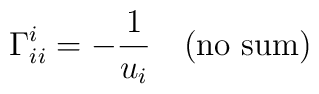
\Gamma^i_{ii} = - \frac{1}{u_i} \quad (\rm no~sum)